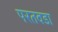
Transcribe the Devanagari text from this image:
परतवडा